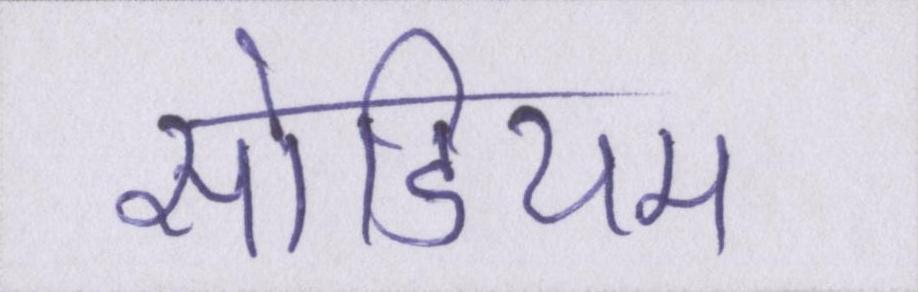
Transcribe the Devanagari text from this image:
सोडियम